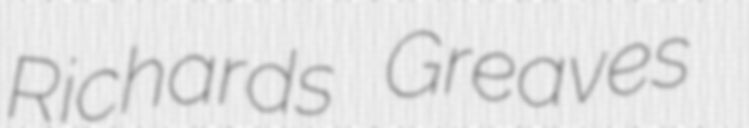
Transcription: Richards Greaves